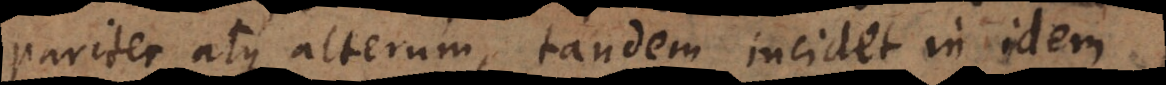
pariter atque alterum, tandem incidet in idem.